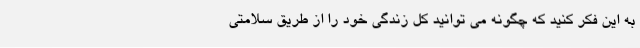
به این فکر کنید که چگونه می توانید کل زندگی خود را از طریق سلامتی